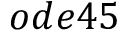
o d e 4 5